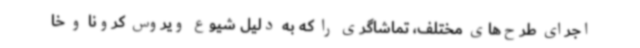
اجرای طرح‌های مختلف، تماشاگری را که به دلیل شیوع ویروس کرونا و خا